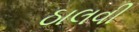
ઠાલવી